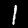
Label: 1